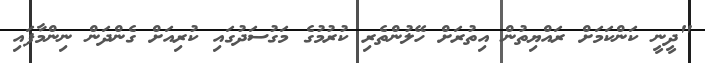
"ދީނީ ކަންކަމަށް ރައްޔިތުން އިތުރަށް ހޭލުންތެރި ކުރުމުގެ މަގުސަދުގައި ކުރިއަށް ގެންދަން ނިންމާފައި